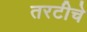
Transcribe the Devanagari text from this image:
तरटीचे